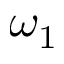
\omega _ { 1 }